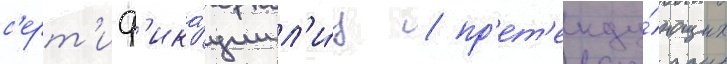
с'ерт'иф'ика́ции л'и́ц / пр'ет'енду́ющих